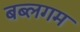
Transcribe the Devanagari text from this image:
बब्लगम